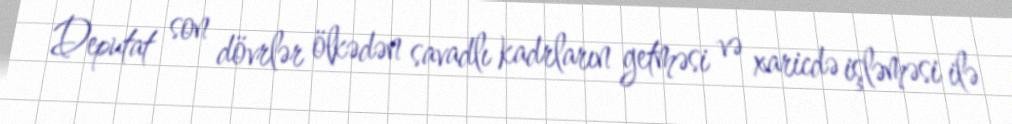
Deputat son dövrlər ölkədən savadlı kadrların getməsi və xaricdə işləməsi ilə